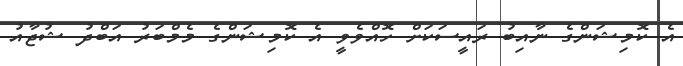
އެ ކޮމިޝަންގެ ނާއިބު ރައީސަކަށް ހޮއްވެވީ އެ ކޮމިޝަންގެ މެމްބަރު އަބްދު ޝުޖާއު